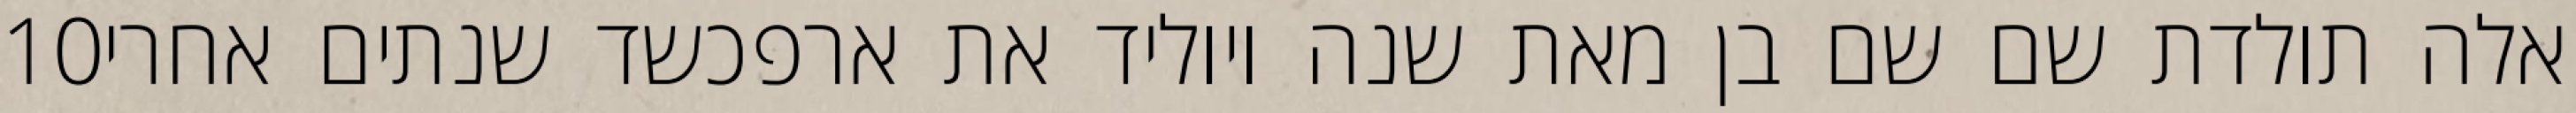
‎10‏ אלה תולדת שם שם בן מאת שנה ויוליד את ארפכשד שנתים אחרי